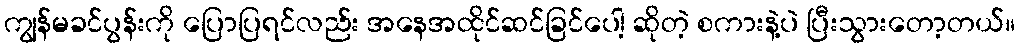
ကျွန်မခင်ပွန်းကို ပြောပြရင်လည်း အနေအထိုင်ဆင်ခြင်ပေါ့ ဆိုတဲ့ စကားနဲ့ပဲ ပြီးသွားတော့တယ်။